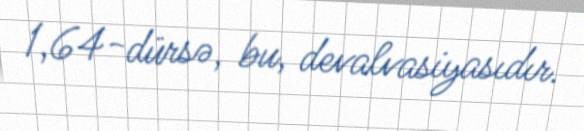
1,64-dürsə, bu, devalvasiyasıdır.